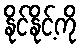
နိုင်နိုင့်ကို